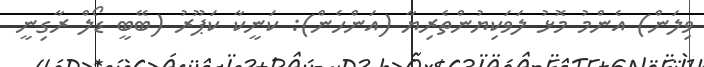
ވިލަން) އެންމު މޮޅު ލަވަކިޔުންތެރިޔާ (އަންހެން): ކަނީކާ ކަޕޫރު (ބޭބީ ޑޯލް ރާގިނީ